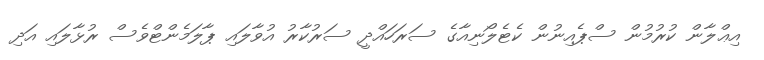
އިޢްލާން ކުރުމުން ސްޕެއިނުން ކެޓެލޯނިއާގެ ސަރަހައްދީ ސަރުކާރު އުވާލައި ޕާލަމެންޓްވެސް ރުޅާލައި އަދި